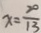
x = \frac { 7 0 } { 1 3 }